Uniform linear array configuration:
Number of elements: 64
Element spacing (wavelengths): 0.75
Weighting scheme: kaiser
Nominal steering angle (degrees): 0
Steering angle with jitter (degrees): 0.8065
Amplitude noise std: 0.05
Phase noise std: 0.05

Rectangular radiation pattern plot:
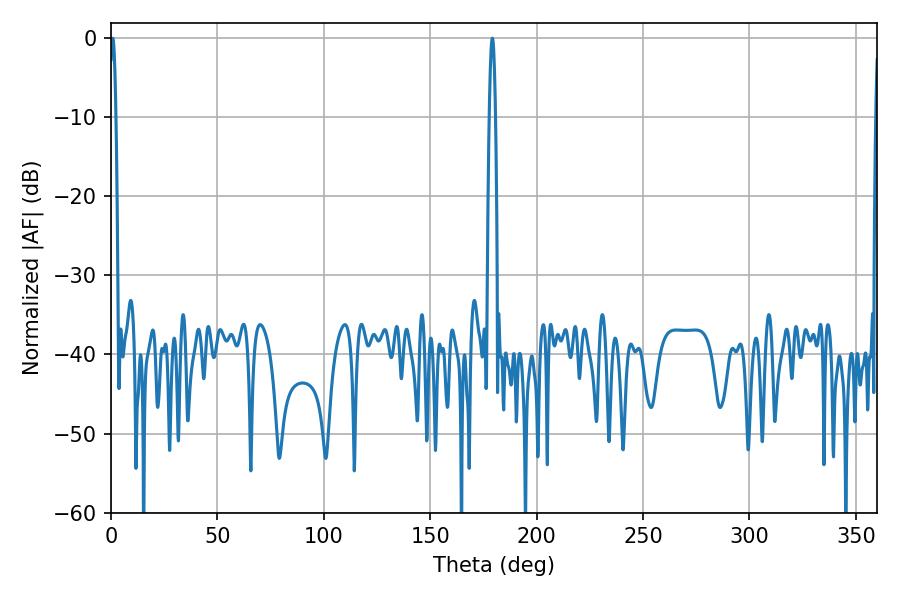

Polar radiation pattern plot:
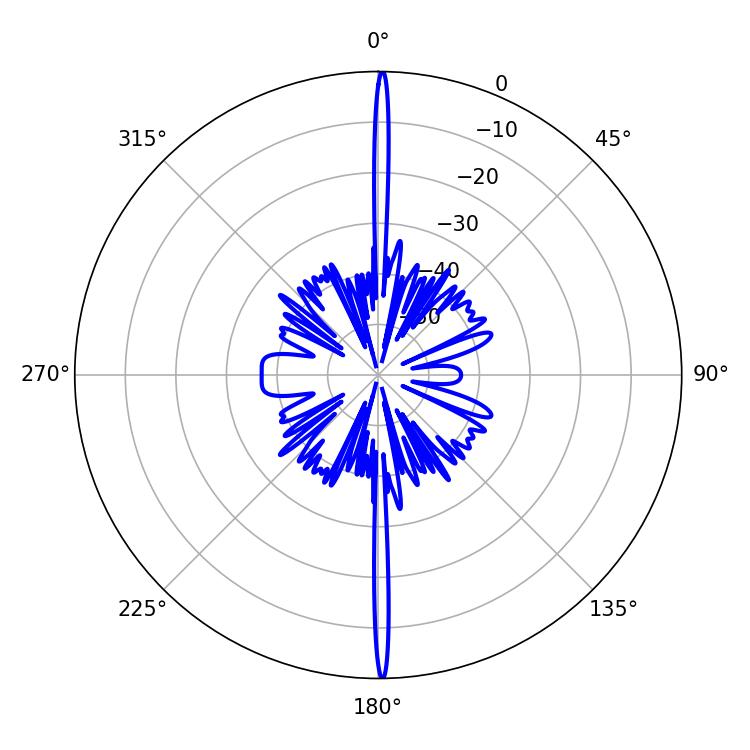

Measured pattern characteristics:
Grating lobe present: TRUE
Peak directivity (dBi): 33.561
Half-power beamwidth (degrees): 1.62
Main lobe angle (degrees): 0.9